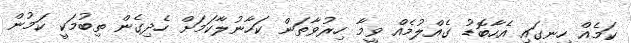
ކަމެއް ހިނގައި އެހާބޮޑު ގެއްލުމެއް ވީމާ ހިރުވާތަން ކަހާނުލާކަމަށް ހެދިގެން ތިބުމަކީ ކަމުން